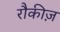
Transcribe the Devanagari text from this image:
रौकीज़